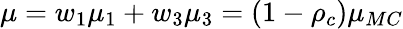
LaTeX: \mu=w_{1}\mu_{1}+w_{3}\mu_{3}=(1-\rho_{c})\mu_{MC}